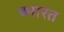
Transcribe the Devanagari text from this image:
ब्भारत